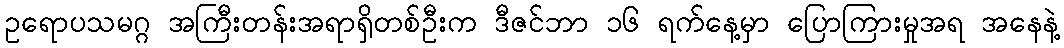
ဥရောပသမဂ္ဂ အကြီးတန်းအရာရှိတစ်ဦးက ဒီဇင်ဘာ ၁၆ ရက်နေ့မှာ ပြောကြားမှုအရ အနေနဲ့